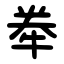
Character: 牶